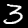
Digit: 3